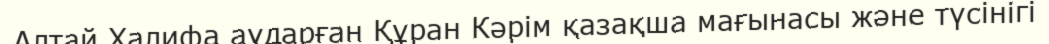
Алтай Халифа аударған Құран Кәрім қазақша мағынасы және түсінігі